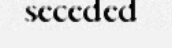
seceded